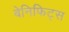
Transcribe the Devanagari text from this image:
बेनिफिट्स